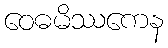
ဝေဓမိဿကေန